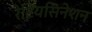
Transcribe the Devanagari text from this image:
रेटियसिनेशन